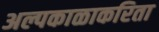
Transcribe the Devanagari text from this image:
अल्पकाळाकरिता